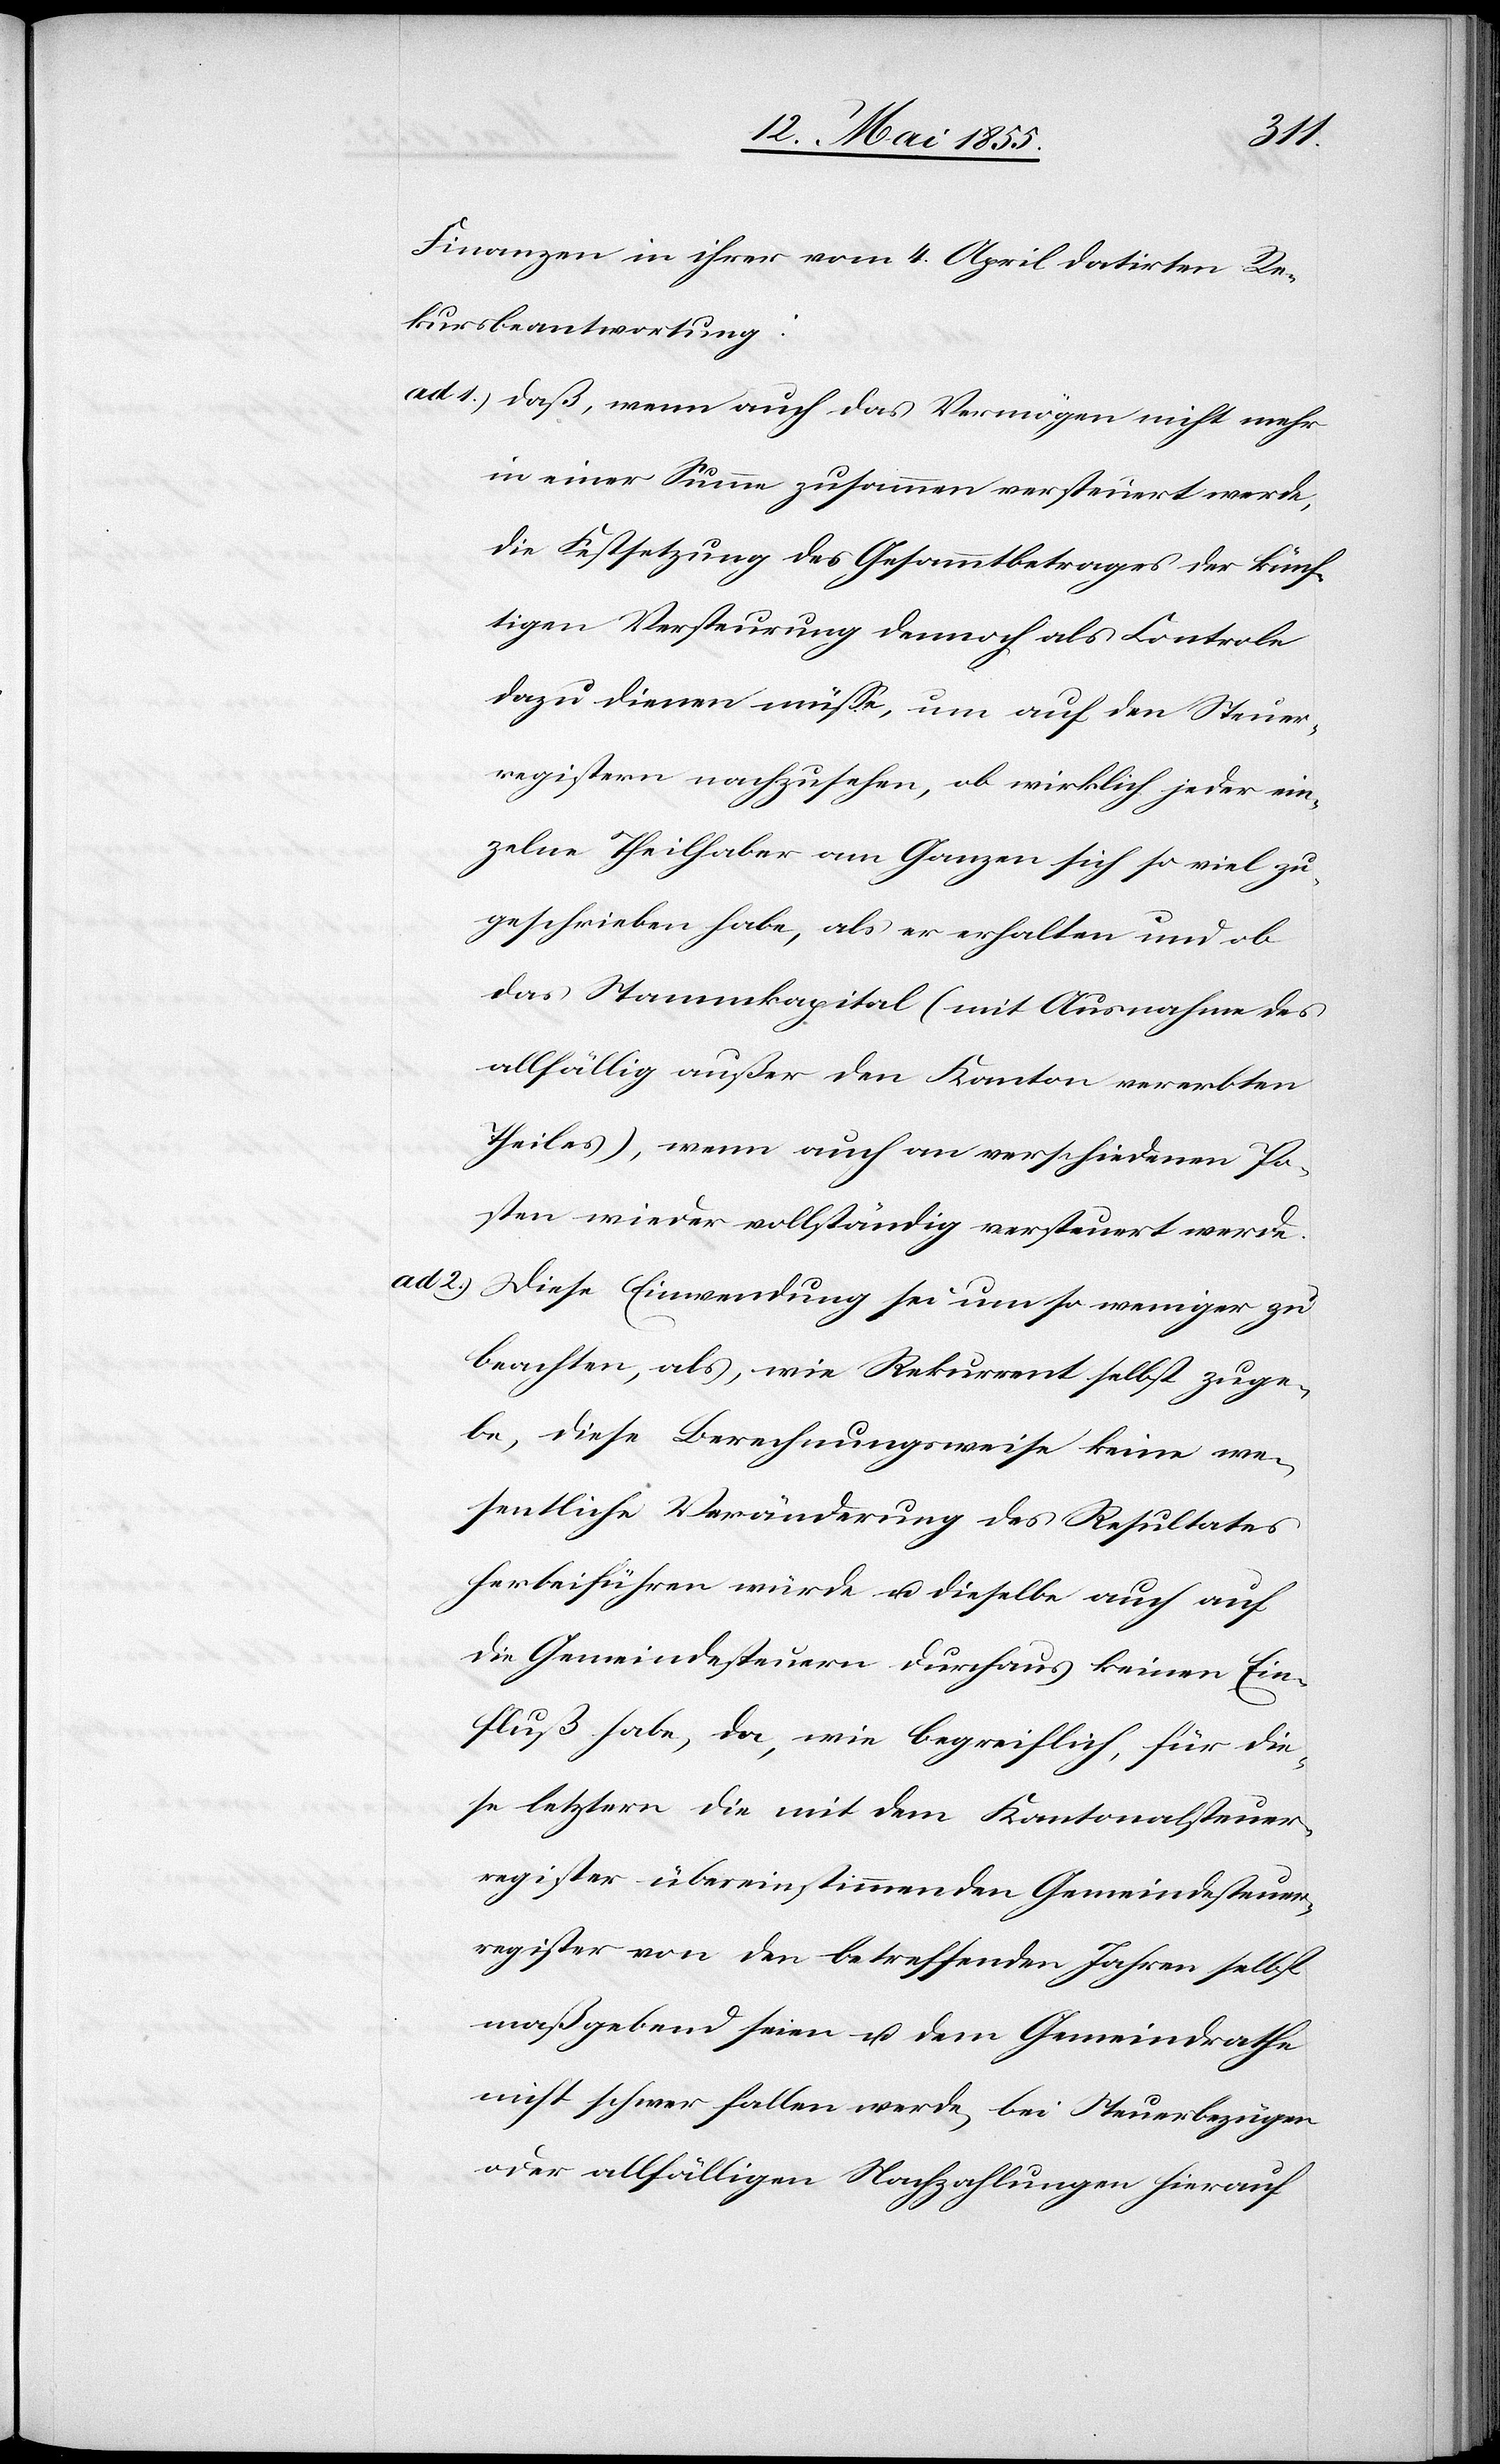
Finanzen in ihrer vom 4. April datirten Re¬
kursbeantwortung:
2.)
daß, wenn auch das Vermögen nicht mehr
in einer Summe zusammen versteuert werde,
die Festsetzung des Gesammtbetrages der künf¬
tigen Versteurung dennoch als Controle
dazu dienen müsse, um auf den Steuer¬
registern nachzusehen, ob wirklich jeder ein¬
zelne Theilhaber am Ganzen sich so viel zu¬
geschrieben habe, als er erhalten und ob
das Stammkapital (mit Ausnahme des
allfällig außer den Kanton vererbten
Theiles), wenn auch an verschiedenen Po¬
sten wieder vollständig versteuert werde.
Diese Einwendung sei um so weniger zu
beachten, als, wie Rekurrent selbst zuge¬
be, diese Berechnungsweise keine we¬
sentliche Veränderung des Resultates
herbeiführen würde u. dieselbe auch auf
die Gemeindesteuern durchaus keinen Ein¬
fluß habe, da, wie begreiflich, für die¬
se letztern die mit dem Kantonalsteuer¬
register übereinstimmenden Gemeindesteuer¬
register von den betreffenden Jahren selbst
maßgebend seien u. dem Gemeindrathe
nicht schwer fallen werde, bei Steuerbezügen
oder allfälligen Nachzahlungen hierauf